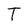
Character: T